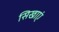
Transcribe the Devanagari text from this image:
सिखाएं